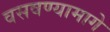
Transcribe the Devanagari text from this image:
वसवण्यामागे